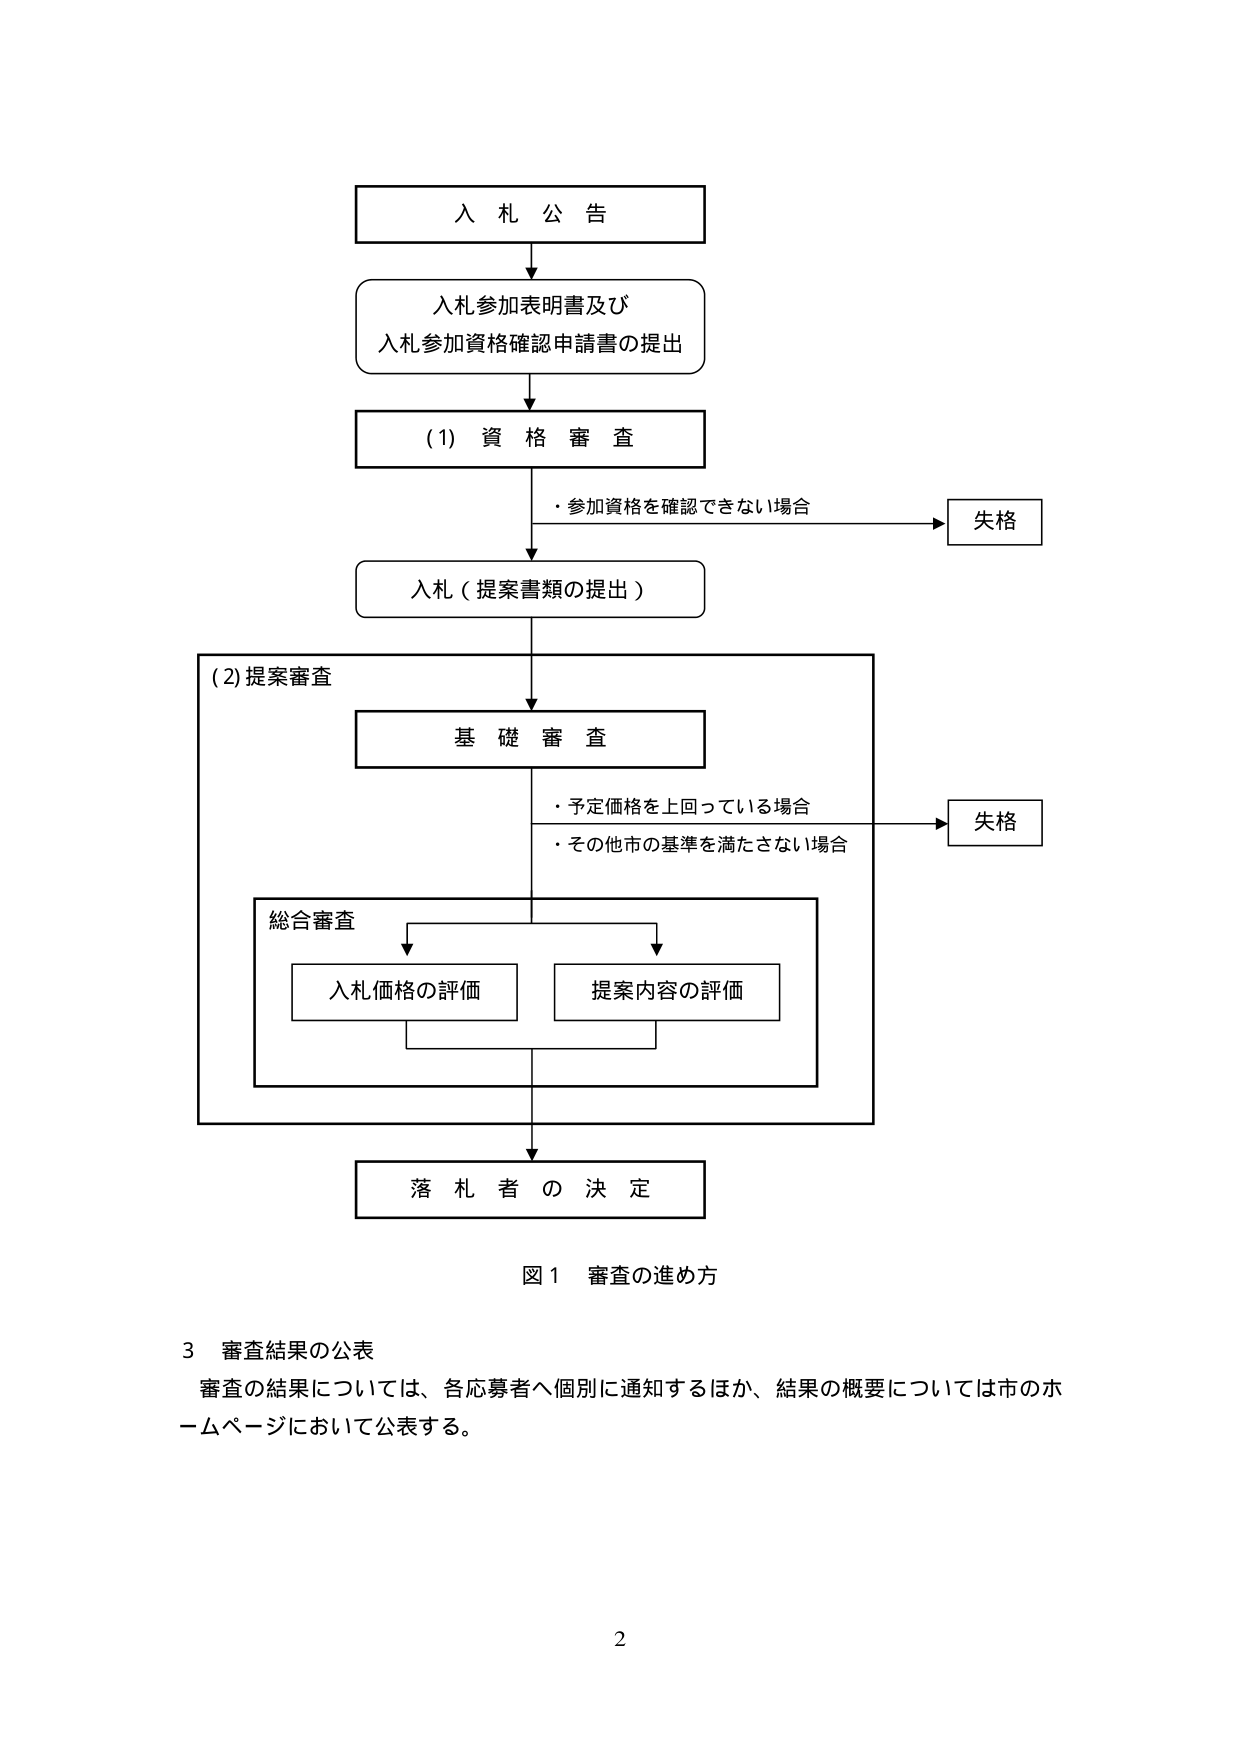
入札公告
入札参加表明書及び
入札参加資格確認申請書の提出
(1) 資格審査
・参加資格を確認できない場合
失格
入札（提案書類の提出）
(2) 提案審査
基礎審査
・予定価格を上回っている場合
・その他市の基準を満たさない場合
失格
総合審査
入札価格の評価
提案内容の評価
落札者の決定
図1 審査の進め方
3 審査結果の公表
審査の結果については、各応募者へ個別に通知するほか、結果の概要については市のホームページにおいて公表する。
2